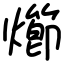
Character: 㸅